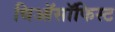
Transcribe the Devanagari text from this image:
थिऑसॉफिस्ट